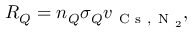
R _ { Q } = n _ { Q } \sigma _ { Q } v _ { \mathrm { ~ C ~ s ~ , ~ N ~ } _ { 2 } } ,